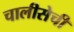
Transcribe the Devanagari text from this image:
चालीसेची